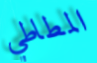
المطاطي